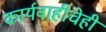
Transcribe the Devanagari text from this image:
कार्यवाहीचेही